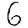
Digit: 6